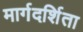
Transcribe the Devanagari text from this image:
मार्गदर्शिता